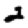
Digit: 2